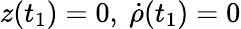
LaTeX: z(t_{1})=0,\ \dot{\rho}(t_{1})=0